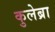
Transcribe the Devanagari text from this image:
कुलेब्रा